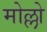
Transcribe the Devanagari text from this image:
मोल्लो